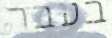
בעבר